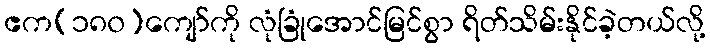
ဧက(၁၈၀)ကျော်ကို လုံခြုံအောင်မြင်စွာ ရိတ်သိမ်းနိုင်ခဲ့တယ်လို့